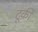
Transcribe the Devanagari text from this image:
टूकी